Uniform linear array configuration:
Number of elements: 12
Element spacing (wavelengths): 0.25
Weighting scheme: kaiser
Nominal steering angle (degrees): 0
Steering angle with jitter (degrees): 1.81
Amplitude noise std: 0.05
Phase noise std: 0.05

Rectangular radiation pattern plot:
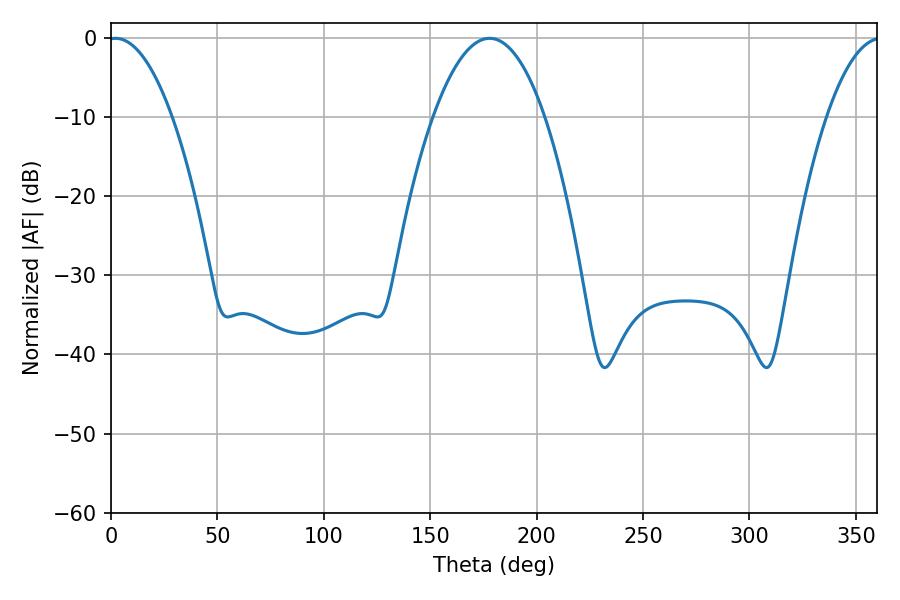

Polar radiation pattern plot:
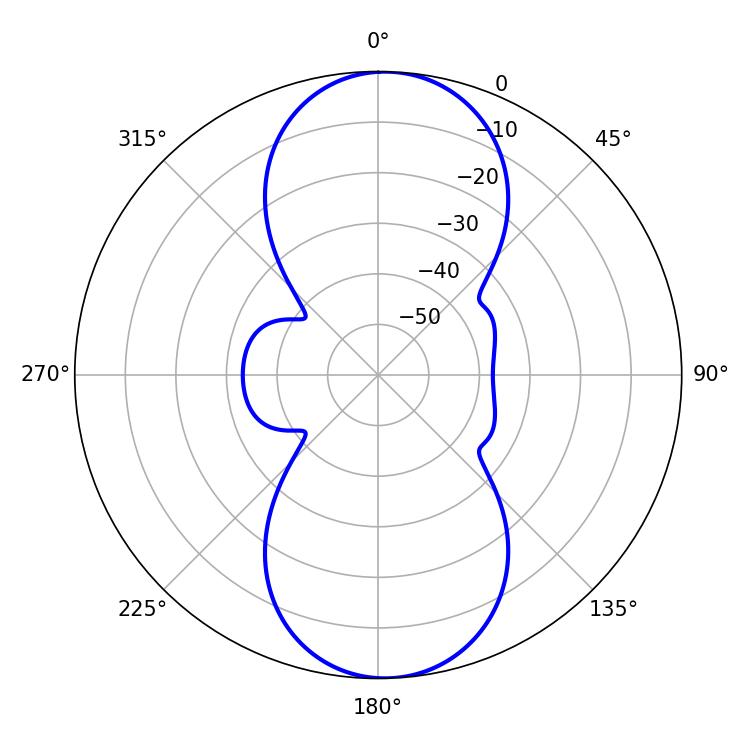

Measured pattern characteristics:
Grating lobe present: FALSE
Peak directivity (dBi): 16.695
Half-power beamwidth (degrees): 16.74
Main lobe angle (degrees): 2.16